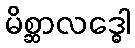
မိစ္ဆာလဒ္ဓေါ